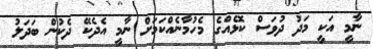
ނާމީ އަކީ މަދު ދުވަސް ކޮޅެއްގެ މެހުމާނެއްކަމަށް ނާމީ އެދެކޭ ދެކުން ބަދަލު